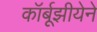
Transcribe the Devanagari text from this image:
कॉर्बूझीयेने